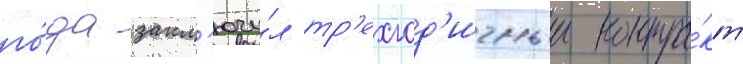
го́да закл'ючи́л тр'ехгод'ичныи контра́кт